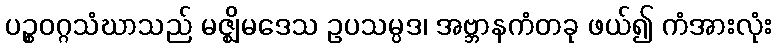
ပဉ္စဝဂ္ဂသံဃာသည် မဇ္ဈိမဒေသ ဥပသမ္ပဒ၊ အဗ္ဘာနကံတခု ဖယ်၍ ကံအားလုံး